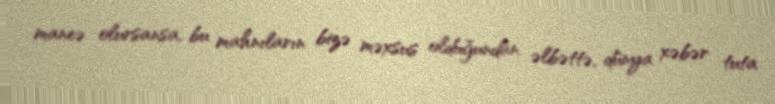
maneə olursansa, bu mahnıların bizə məxsus olduğundan əlbəttə, dünya xəbər tuta